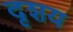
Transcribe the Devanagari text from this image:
दृशय